Civil Veterinary Department. United Provinces 1932-42 - 1932-1942
Year: 1932
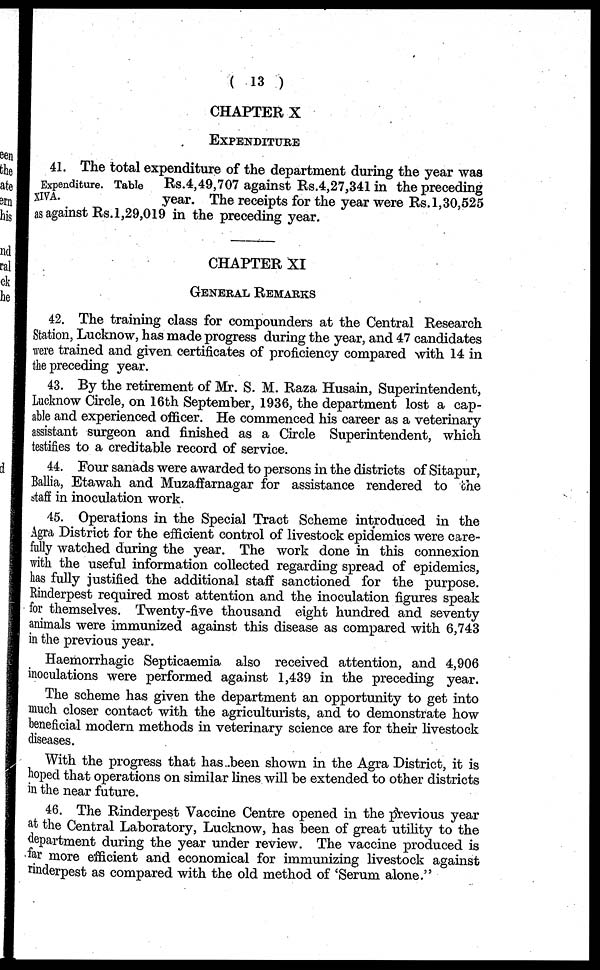
(13)
CHAPTER X
EXPENDITURE
Expenditure. Table
XIVA.
41. The total expenditure of the department during the year was
Rs.4,49,707 against Rs.4,27,341 in the preceding
year. The receipts for the year were Rs. 1,30,525
as against Rs. 1,29,019 in the preceding year.
CHAPTER XI
GENERAL REMARKS
42. The training class for compounders at the Central Research
Station, Lucknow, has made progress during the year, and 47 candidates
were trained and given certificates of proficiency compared with 14 in
the preceding year.
43. By the retirement of Mr. S. M. Raza Husain, Superintendent,
Lucknow Circle, on 16th September, 1936, the department lost a cap-
able and experienced officer. He commenced his career as a veterinary
assistant surgeon and finished as a Circle Superintendent, which
testifies to a creditable record of service.
44. Four sanads were awarded to persons in the districts of Sitapur,
Ballia, Etawah and Muzaffarnagar for assistance rendered to the
staff in inoculation work.
45. Operations in the Special Tract Scheme introduced in the
Agra District for the efficient control of livestock epidemics were care-
fully watched during the year. The work done in this connexion
with the useful information collected regarding spread of epidemics,
has fully justified the additional staff sanctioned for the purpose.
Rinderpest required most attention and the inoculation figures speak
for themselves. Twenty-five thousand eight hundred and seventy
animals were immunized against this disease as compared with 6,743
in the previous year.
Haemorrhagic Septicaemia also received attention, and 4,906
inoculations were performed against 1,439 in the preceding year.
The scheme has given the department an opportunity to get into
much closer contact with the agriculturists, and to demonstrate how
beneficial modern methods in veterinary science are for their livestock
diseases.
With the progress that has been shown in the Agra District, it is
hoped that operations on similar lines will be extended to other districts
in the near future.
46. The Rinderpest Vaccine Centre opened in the previous year
at the Central Laboratory, Lucknow, has been of great utility to the
department during the year under review. The vaccine produced is
for more efficient and economical for immunizing livestock against
rinderpest as compared with the old method of 'Serum alone."